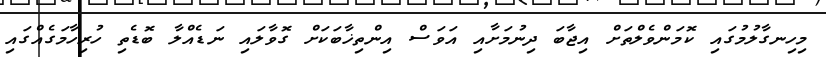
މިހިނގާލުމުގައި ކޮމަންވެލްތަށް އިޖާބަ ދިނުމަށާއި އަވަސް އިންތިޚާބަކަށް ގޮވާލައި ނަޑެއްލާ ބޮޑެތި ހުރިހާމަގެއްގައި